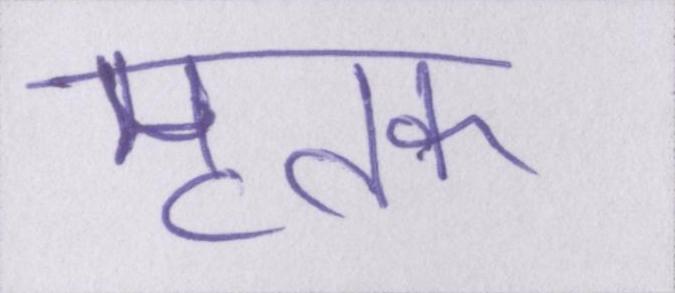
मृतक